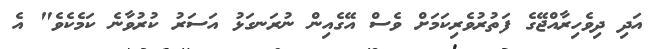
އަދި ދިވެހިރާއްޖޭގެ ފަތުރުވެރިކަމަށް ވެސް އޭގެއިން ނުރަނގަޅު އަސަރު ކުރުވާނެ ކަމެކެވެ" އެ